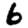
Digit: 6